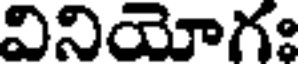
వినియోగః